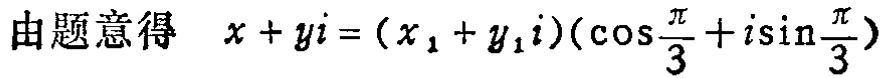
由题意得 \(x + yi = (x_1 + y_1i)(\cos\frac{\pi}{3} + i\sin\frac{\pi}{3})\)